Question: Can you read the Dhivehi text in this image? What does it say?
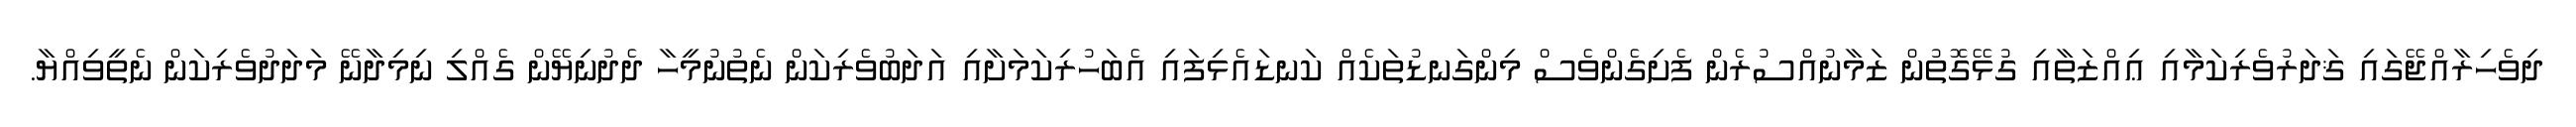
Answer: ދިވެހިރާއްޖޭގައި ޤަދަރުވެރިކަމާއި ޢިއްޒަތާއި ގުޅޭގޮތުން ޒަމާނުއްސުރެން ފެށިގެންވެސް މިންގަނޑުތަކެއް ކަނޑައެޅިފައި އެބަހުރިކަމަށާއި އަދަބުވެރިކަން ނެތުނުމީހާ ދެދުނިޔޭން ގެއްލި ނިމިދާނޭ މަދަދުވެރިކަން ނެތީވިއްޔާ.